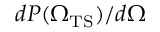
d P ( { \Omega _ { \mathrm { T S } } ) } / d \Omega